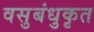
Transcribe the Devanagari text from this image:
वसुबंधुकृत